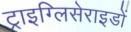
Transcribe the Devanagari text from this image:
ट्राइग्लिसेराइडों